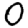
Digit: 0